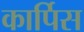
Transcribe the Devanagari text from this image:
कार्पिस